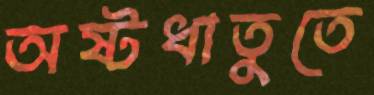
অষ্টধাতুতে